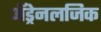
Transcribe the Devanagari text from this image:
अॅड्रेनलजिक